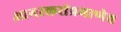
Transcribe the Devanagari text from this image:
आगरकरांप्रमाणेच